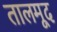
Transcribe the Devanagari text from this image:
तालमूद